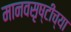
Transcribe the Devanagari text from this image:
मानवसृष्टीच्या